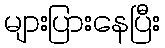
များပြားနေပြီး